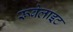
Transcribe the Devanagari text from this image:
रूबेलाइट